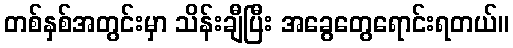
တစ်နှစ်အတွင်းမှာ သိန်းချီပြီး အခွေတွေရောင်းရတယ်။